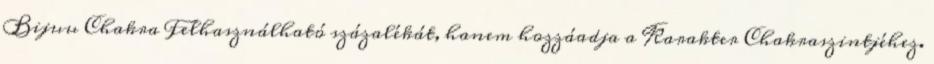
Bijuu Chakra Felhasználható százalékát, hanem hozzáadja a Karakter Chakraszintjéhez.